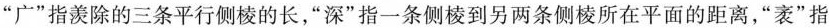
9”广”指羡除的三条平行侧棱的长，”深”指一条侧棱到另两条侧棱所在平面的距离，”袤”指